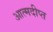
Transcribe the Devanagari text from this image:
आत्मदीप्त